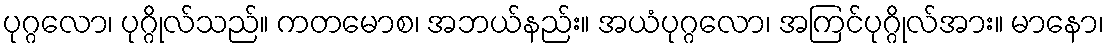
ပုဂ္ဂလော၊ ပုဂ္ဂိုလ်သည်။ ကတမောစ၊ အဘယ်နည်း။ အယံပုဂ္ဂလော၊ အကြင်ပုဂ္ဂိုလ်အား။ မာနော၊